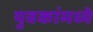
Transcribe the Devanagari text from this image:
युवकांमध्ये